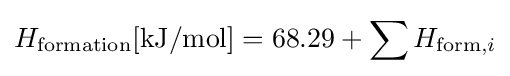
H_{\text{formation}}[{\text{kJ}}/{\text{mol}}]=68.29+\sum H_{{\text{form}},i}